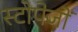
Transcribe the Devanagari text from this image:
स्टोपेजों